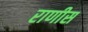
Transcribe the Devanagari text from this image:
राणीस